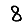
Digit: 8